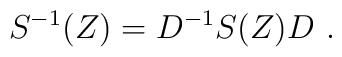
S^{-1}(Z) = D^{-1} S(Z) D \ .